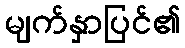
မျက်နှာပြင်၏